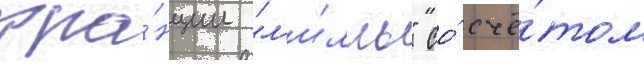
фра́нции "л'и́лль" со́ счё́том